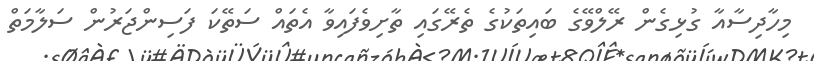
މިހާދިސާއާ ގުޅިގެން ރޭލްވޭގެ ބައިތަކުގެ ތެރޭގައި ތާށިވެފައިވާ އެތައް ސަތޭކަ ފަސިންޖަރުން ސަލާމަތް